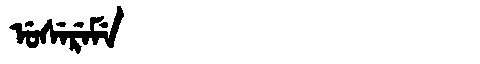
Manchu: ᡠᠰᡝᡵᡝᠮᡝ
Romanization: USEREME